Civil Veterinary Department Bihar reports 1940-50 - 1940-1950
Year: 1940
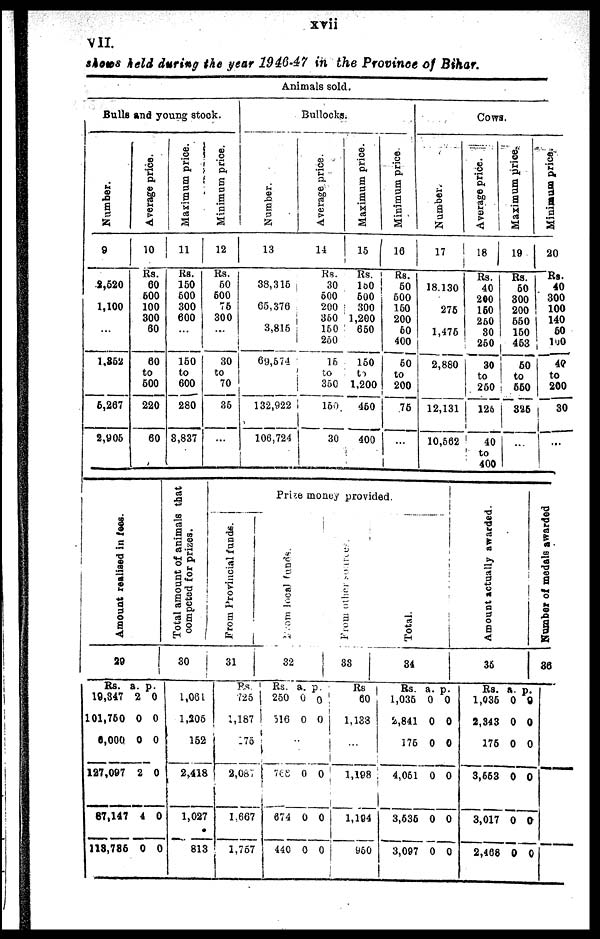
xvii
VII.
shows held during the year 1946-47 in the Province of Bihar.
Animals sold.
Bulls and young stock.
Number.
9
2,520
1,100
...
1,252
6,267
2,905
Average price.
10
Rs.
60
600
100
300
60
60
to
600
220
60
Maximum price.
11
Rs.
150
500
300
600
...
150
to
600
280
8,837
Minimum price.
12
Rs.
60
600
76
300
...
30
to
70
36
...
Bullocks.
Number.
13
38,315
65,376
3,815
69,674
132,922
106,724
Average price.
14
Rs.
30
600
200
360
150
260
16
to
360
150
30
Maximum price.
16
Rs.
150
600
300
1,200
650
160
to
1,200
460
400
Minimum price.
16
Rs.
60
600
160
200
60
400
60
to
200
75
...
Cows.
Number.
17
18.130
276
1,476
2,880
12,131
10,562
Average price.
18
Rs.
40
200
150
I 250
30
250
30
to
| 260
126
40
to
400
Maximum price
19
Rs.
60
300
200
660
160
453
50
to
550
325
...
Minimum price.
20
Rs.
40
300
100
140
1 60
100
48
to
200
30
...
Amo u n t r eal i sed in fees.
29
Rs.
19,847
101,760
6,000
127,097
87,147
118,786
a.
2
0
0
2
4
0
p.
0
0
0
0
0
0
Total amount of animals that
competed for prizes.
30
1,061
1,205
162
2,418
1,027
813
Prize money provided.
From Provincial funds.
31
Rs
725
1,187
175
2,087
1,667
1,757
From local funds.
32
Rs.
250
516
...
768
674
440
a.
0
0
0
0
0
p.
0
0
0
0
0
From other
33
Rs
60
1,133
...
1,198
1,194
950
Total.
34
Rs.
1,035
2,841
175
4,051
3,636
3,097
a.
0
0
0
0
0
0
p.
0
0
0
0
0
0
Amount actually awarded.
35
Rs.
1,036
2,343
176
3,553
3,017
2,468
a.
0
0
0
0
0
0
p.
9
0
0
0
0
0
Nu mb e r of medals aw
36